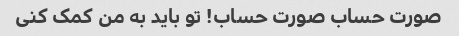
صورت حساب صورت حساب! تو باید به من کمک کنی